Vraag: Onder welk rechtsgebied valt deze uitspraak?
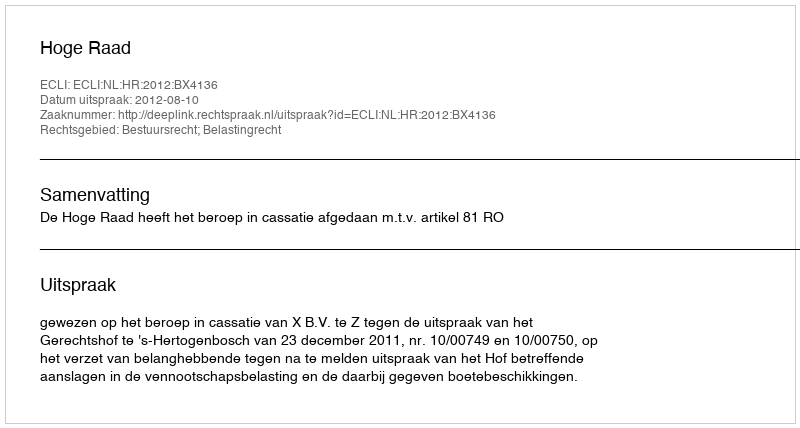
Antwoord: Bestuursrecht; Belastingrecht